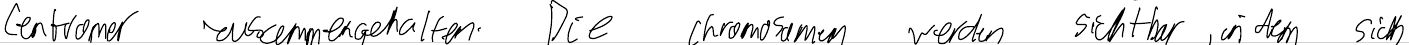
Centromer zusammengehalten. Die Chromosomen werden sichtbar, indem sich